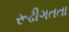
રૂઢીગતતા